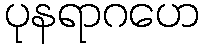
ပုနရာဂဟေ